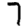
Digit: 7